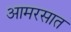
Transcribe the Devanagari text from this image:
आमरसात